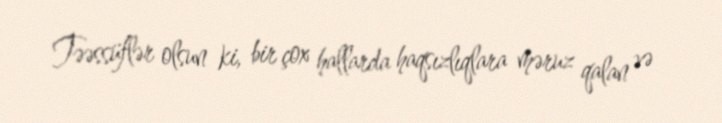
Təəssüflər olsun ki, bir çox hallarda haqsızlıqlara məruz qalan və